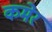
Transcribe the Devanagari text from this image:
कमेर